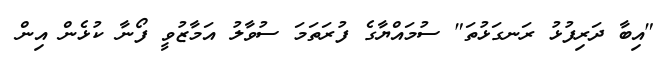
"އިބާ ދަރިފުޅު ރަނގަޅުތަ" ސުމައްޔާގެ ފުރަތަމަ ސުވާލު އަމާޒުވީ ފޯނާ ކުޅެން އިން